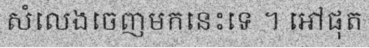
សំលេងចេញមកនេះទេ ។ អៅផុត